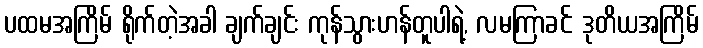
ပထမအကြိမ် ရိုက်တဲ့အခါ ချက်ချင်း ကုန်သွားဟန်တူပါရဲ့, လမကြာခင် ဒုတိယအကြိမ်